Insane asylums in Bengal annual reports 1867-1875 - 1867-1875
Year: 1867
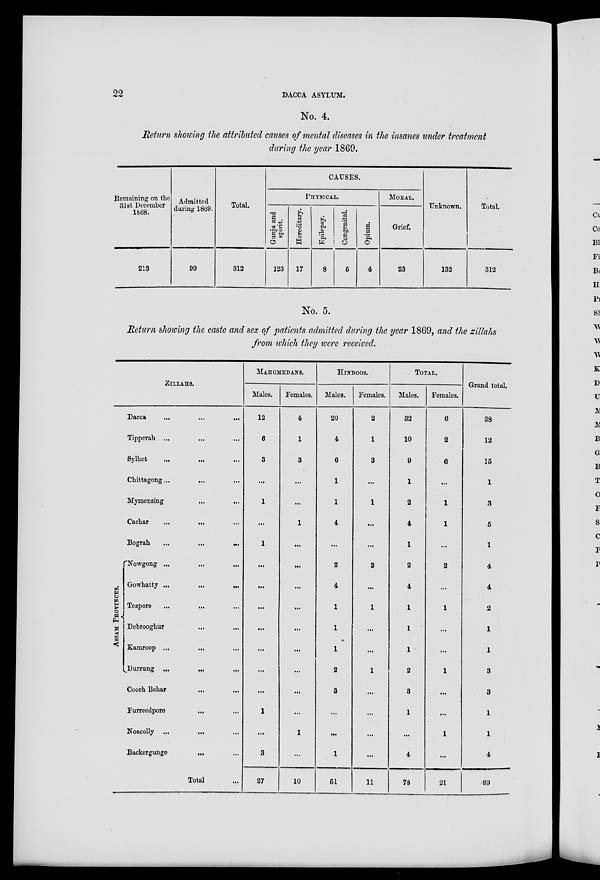
22
DACCA ASYLUM.
No. 4.
Return showing the attributed causes of mental diseases in the insanes under treatment
during the year 1869.
Remaining on the
31st December
1868.
213
Admitted
during 1869.
99
Total.
312
CAUSES.
PHYSICAL.
Gunja and
spirit.
123
Hereditary.
17
Epilepsy.
8
Congenital.
5
Opium.
4
MORAL.
Grief.
23
Unknown.
132
Total.
312
No. 5.
Return showing the caste and sex of patients admitted during the year 1869, and the zillahs
from which they were received.
ZILLAHS.
Dacca
...
...
...
Tipperah ... ... ...
Sylhet ... ... ...
Chittagong ...
...
...
Mymensing
...
...
Cachar
... ... ...
Bograh
...
...
...
ASSAM
PROVINCES.
Nowgong ... ... ...
Gowhatty ...
...
...
Tezpore ... ... ...
Debrooghur
...
...
Kamroop ... ... ...
Durrung ... ... ...
Cooch Behar ... ...
Furreedpore ... ...
Noacolly ... ... ...
Backergunge
...
...
Total ...
MAHOMEDANS.
Males.
12
6
3
...
1
...
1
...
...
...
...
...
...
...
1
...
3
27
Females.
4
1
3
...
...
1
...
...
...
...
...
...
...
...
...
1
...
10
HINDOOS.
Males.
20
4
6
1
1
4
...
2
4
1
1
1
2
3
...
...
1
51
Females.
2
1
3
...
1
...
...
2
...
1
...
...
1
...
...
...
...
11
TOTAL.
Males.
32
10
9
1
2
4
1
2
4
1
1
1
2
3
1
...
4
78
Females.
6
2
6
...
1
1
...
2
...
1
...
...
1
...
...
1
...
21
Grand total.
38
12
15
1
3
5
1
4
4
2
1
1
3
3
1
1
4
99